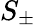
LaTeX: S_{\pm}